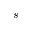
s